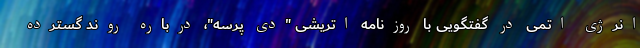
انرژی اتمی در گفتگویی با روزنامه اتریشی "دی پرسه"، درباره روند گسترده